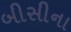
બીસીના